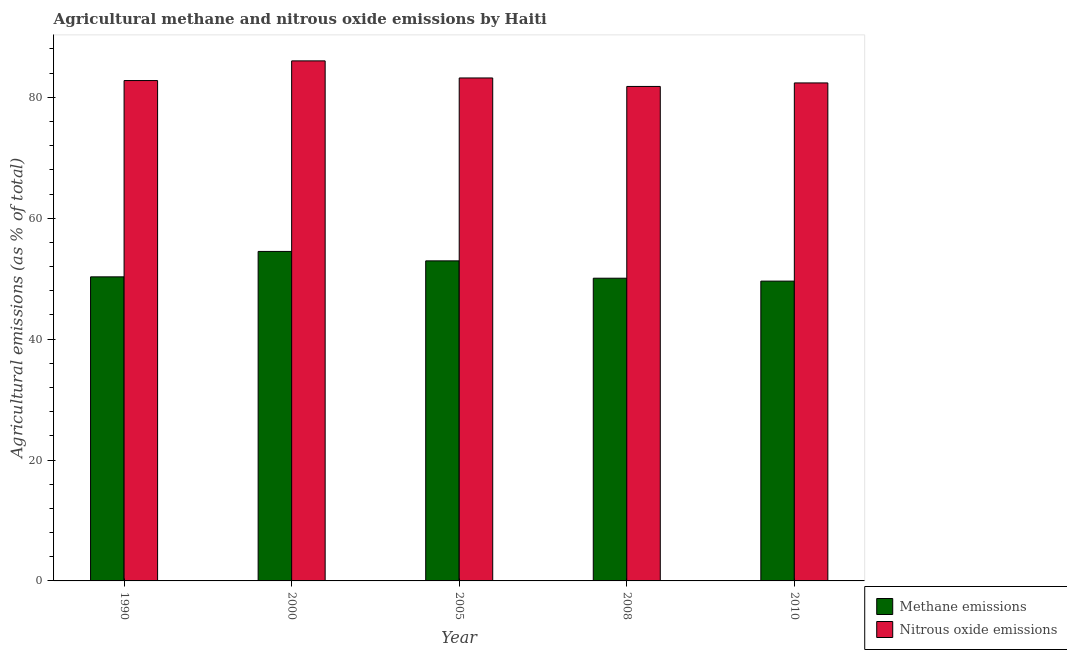
| Year | Methane emissions | Nitrous oxide emissions |
 | --- | --- | --- |
 | 1990 | 50.3 | 82.8 |
 | 2000 | 54.5 | 86 |
 | 2005 | 52.9 | 83.2 |
 | 2008 | 50.1 | 81.8 |
 | 2010 | 49.6 | 82.4 |